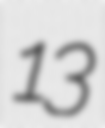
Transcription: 13